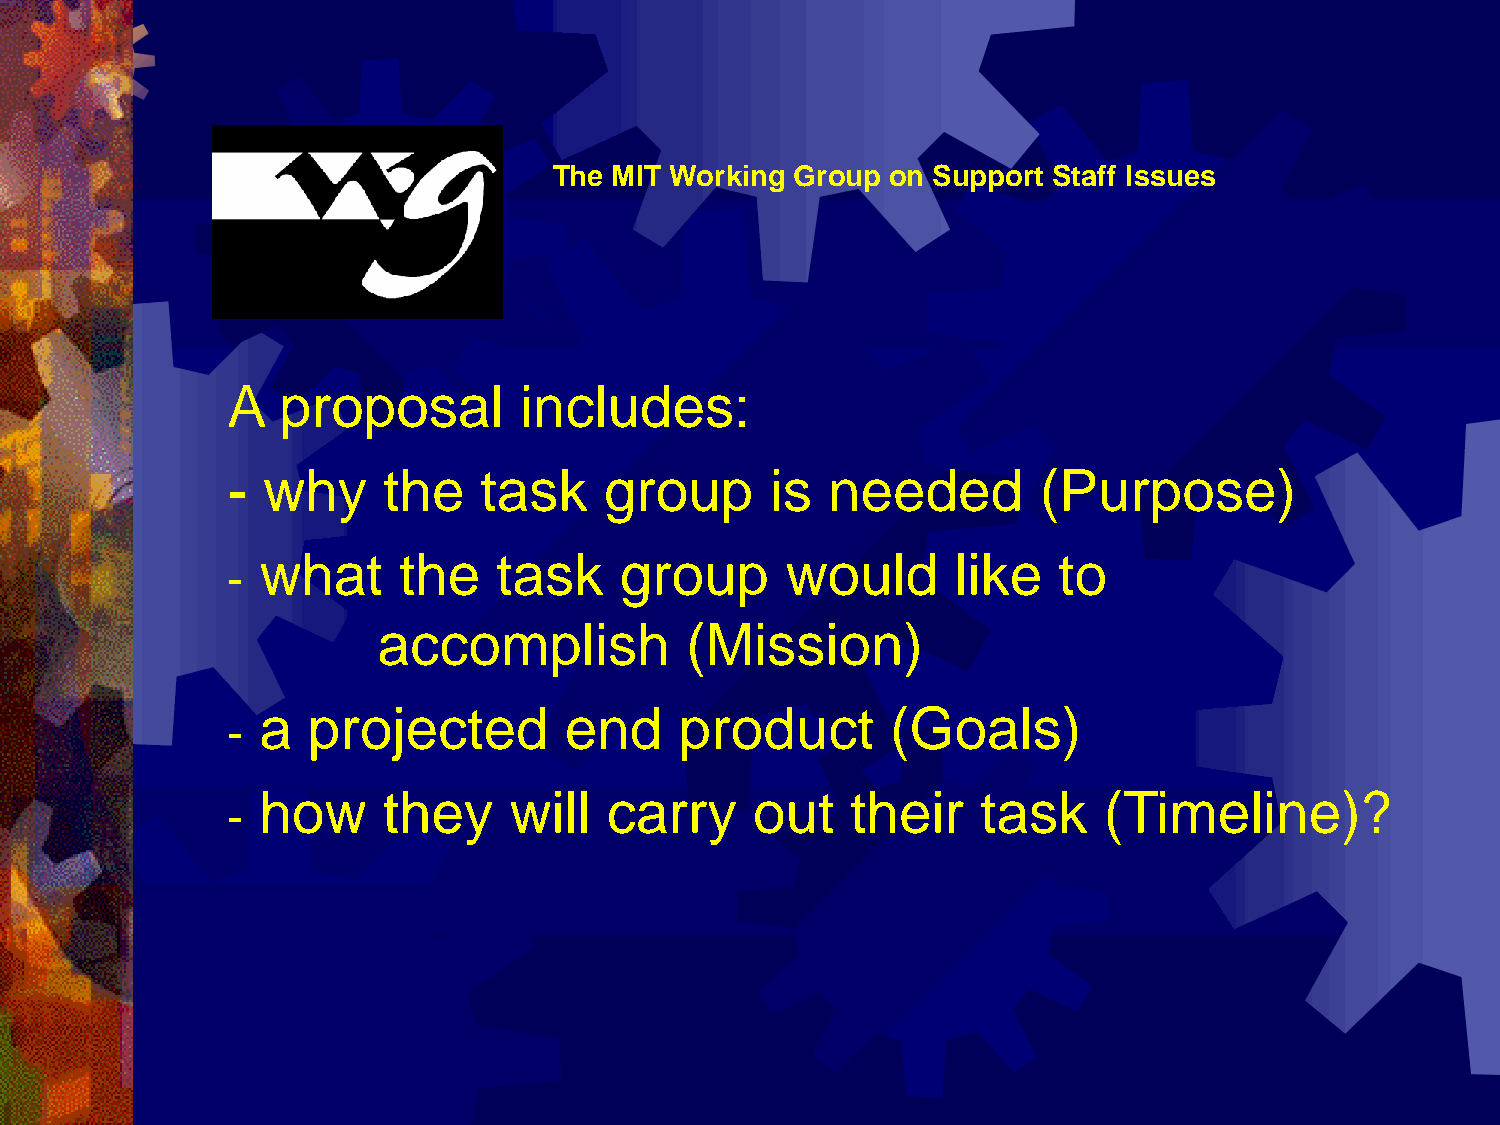
The MIT Working Group on Support Staff Issues
 A  proposal        includes:
 - why     the    task    group      is  needed        (Purpose)
 what     the    task    group      would      like   to
 -
 accomplish          (Mission)
 a  projected        end     product       (Goals)
 -
 how     they     will  carry     out   their    task    (Timeline)?
 -